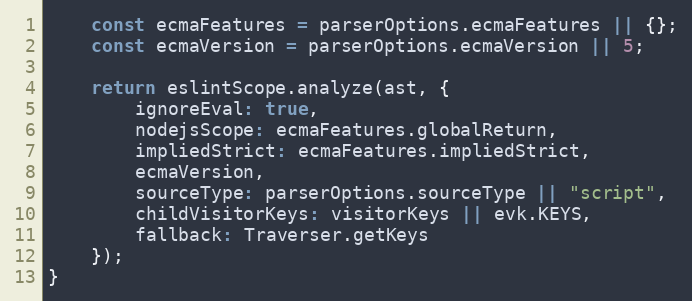
Language: JavaScript
    const ecmaFeatures = parserOptions.ecmaFeatures || {};
    const ecmaVersion = parserOptions.ecmaVersion || 5;

    return eslintScope.analyze(ast, {
        ignoreEval: true,
        nodejsScope: ecmaFeatures.globalReturn,
        impliedStrict: ecmaFeatures.impliedStrict,
        ecmaVersion,
        sourceType: parserOptions.sourceType || "script",
        childVisitorKeys: visitorKeys || evk.KEYS,
        fallback: Traverser.getKeys
    });
}